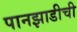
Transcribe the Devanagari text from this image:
पानझाडीची